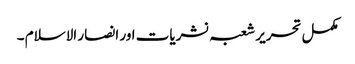
مکمل تحریر شعبہ نشریات اور انصار الاسلام ۔